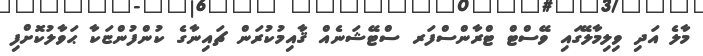
މާލެ އަދި ވިލިމާލޭގައި ވޭސްޓް ޓްރާންސްފަރ ސްޓޭޝަނެއް ޤާއިމުކުރަން ޗައިނާގެ ކުންފުންޏަކާ ޙަވާލުކޮށްފި